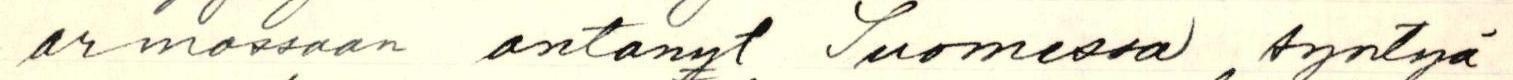
armossaan antanut Suomessa syntyä